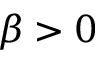
\beta > 0